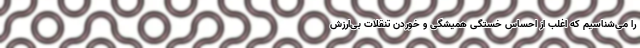
را می‌شناسیم که اغلب از احساس خستگی همیشگی و خوردن تنقلات بی‌ارزش